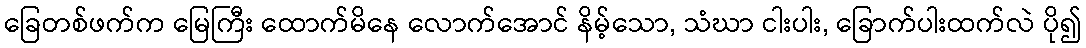
ခြေတစ်ဖက်က မြေကြီး ထောက်မိနေ လောက်အောင် နိမ့်သော, သံဃာ ငါးပါး, ခြောက်ပါးထက်လဲ ပို၍